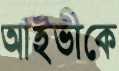
আইভীকে